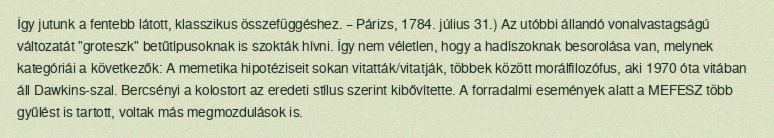
Így jutunk a fentebb látott, klasszikus összefüggéshez. – Párizs, 1784. július 31.) Az utóbbi állandó vonalvastagságú változatát "groteszk" betűtípusoknak is szokták hívni. Így nem véletlen, hogy a hadíszoknak besorolása van, melynek kategóriái a következők: A memetika hipotéziseit sokan vitatták/vitatják, többek között morálfilozófus, aki 1970 óta vitában áll Dawkins-szal. Bercsényi a kolostort az eredeti stílus szerint kibővítette. A forradalmi események alatt a MEFESZ több gyűlést is tartott, voltak más megmozdulások is.